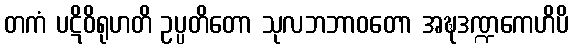
တကံ ပဋိဝိရုဟတိ ဥပ္ပတိတော သုလဘဘာဝတော အဍ္ဎဒဏ္ဍကေဟိပိ